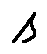
s